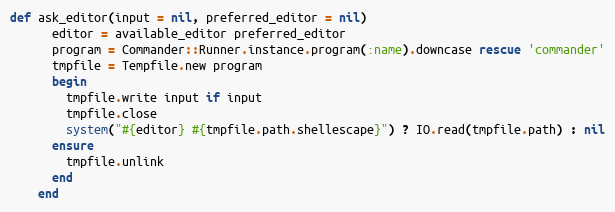
Language: Ruby
def ask_editor(input = nil, preferred_editor = nil)
      editor = available_editor preferred_editor
      program = Commander::Runner.instance.program(:name).downcase rescue 'commander'
      tmpfile = Tempfile.new program
      begin
        tmpfile.write input if input
        tmpfile.close
        system("#{editor} #{tmpfile.path.shellescape}") ? IO.read(tmpfile.path) : nil
      ensure
        tmpfile.unlink
      end
    end